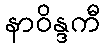
နာဝိန္ဒကီ